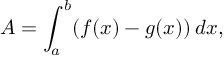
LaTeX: A = \int _ { a } ^ { b } ( f ( x ) - g ( x ) ) \, d x ,